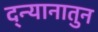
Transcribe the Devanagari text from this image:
द्न्यानातुन